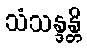
သံသန္ဒန္တိ